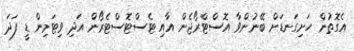
އެގޮތުން ހަށިގަނޑަށް ބޭނުންވާ އޮސްޓްރޯޖެން އާއި ޓެސްޓޮސްޓެރޯން އަދި ވިޓަމިން ޑީ ފަދަ